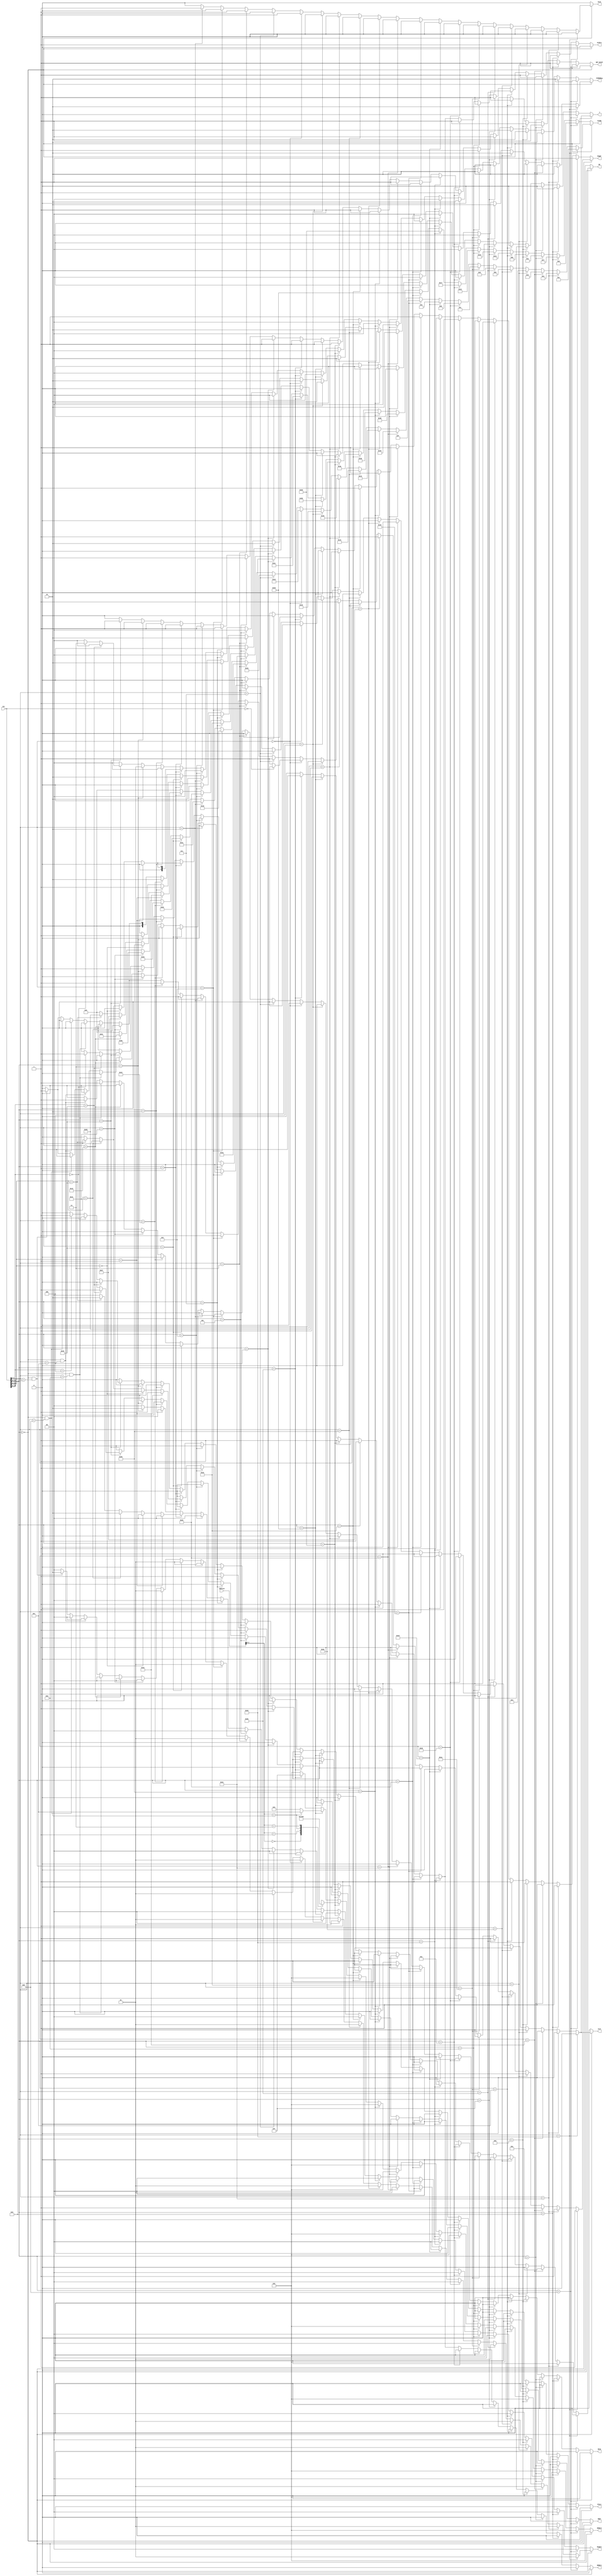
module Decode(
    input [31:0] ins,
    input [31:0] address,
    
    output reg ALUSrc,
    output reg [5:0] ALUOp,
    output reg MEMWr1,
    output reg [3:0] MEMWr2,
    output reg [1:0] PCMEMReg,
    output reg PCSc1,
    output reg RegWr,
    output reg Scon,
    output reg J,
    output reg Jcol,
    output reg BS,
    output reg ERET,
    output reg MFC0,
    output reg [1:0] RegDst,

    output reg NOT_EXIST

    );




    always@(*)
    begin
            ALUSrc=0;
            ALUOp=0;
            MEMWr1=0;
            MEMWr2=0;
            PCMEMReg=2'b00;
            PCSc1=0;
            RegWr=0;
            Scon=0;
            J=0;
            Jcol=0;
            BS=0;
            ERET=0;
            MFC0=0;
            RegDst=0;
            NOT_EXIST=1;
            

        if(ins[31:26]==6'b000000)
        begin
            // if(ins[5:0]==6'b000000)//NOP
            // begin
                
            // // end
            // if (ins == 0) begin
            //     RegWr = 0;
            // end
            // else if begin 
            //     RegWr = 1;

            // end 


             if(ins[5:0]==6'b100000)//ADD
            begin
                PCMEMReg=2'b10;
                RegWr=1;
                RegDst=2'b01;
                ALUOp=6'b000001;
            end

            else if(ins[5:0]==6'b100001)//ADDU
            begin
                PCMEMReg=2'b10;
                RegWr=1;
                RegDst=2'b01;
                ALUOp=6'b000010;
            end
            else if(ins[5:0]==6'b100010)//SUB
            begin
                PCMEMReg=2'b10;
                RegWr=1;
                RegDst=2'b01;
                ALUOp=6'b000011;

            end
            else if(ins[5:0]==6'b100011)//SUBU
            begin
                PCMEMReg=2'b10;
                RegWr=1;
                RegDst=2'b01;
                ALUOp=6'b000100;

            end

            else if(ins[5:0]==6'b101010)//SLT
            begin
                PCMEMReg=2'b10;
                RegWr=1;
                RegDst=2'b01;
                ALUOp=6'b001000;

            end
            else if(ins[5:0]==6'b101011)//SLTU
            begin
                PCMEMReg=2'b10;
                RegWr=1;
                RegDst=2'b01;
                ALUOp=6'b001001;
            end

            else if(ins[5:0]==6'b011010)//DIV
            begin
                ALUOp=6'b001100;
            end
            else if(ins[5:0]==6'b011011)//DIVU
            begin
                ALUOp=6'b001101;
            end

            else if(ins[5:0]==6'b011000)//MULT
            begin
                ALUOp=6'b001110;
            end
            else if(ins[5:0]==6'b011001)//MULTU
            begin
                ALUOp=6'b001111; 
            end

            else if(ins[5:0]==6'b100100)//AND
            begin
                PCMEMReg=10;
                RegWr=1;
                RegDst=2'b01;
                ALUOp=6'b010000;
            end
            else if(ins[5:0]==6'b100111)//NOR
            begin
                PCMEMReg=10;
                RegWr=1;
                RegDst=2'b01;
                ALUOp=6'b010011;
            end
            else if(ins[5:0]==6'b100101)//OR
            begin
                PCMEMReg=2'b10;
                RegWr=1;
                RegDst=2'b01;
                ALUOp=6'b010100;
            end
            else if(ins[5:0]==6'b100110)//XOR
            begin
                PCMEMReg=2'b10;
                RegWr=1;
                RegDst=2'b01;
                ALUOp=6'b010110;
            end


            else if(ins[5:0]==6'b000100)//SLLV
            begin
                ALUSrc=0;
                Scon=0;
                PCMEMReg=10;
                RegWr=1; 
                RegDst=2'b01;
                ALUOp=6'b011001;
            end
            else if(ins[5:0]==6'b000000)//SLL
            begin
                ALUSrc=0;
                Scon=1;
                PCMEMReg=2'b10;
                RegWr=(ins == 0) ? 0 : 1;
                RegDst=2'b01;
                ALUOp=6'b011000;
            end
            else if(ins[5:0]==6'b000111)//SRAV
            begin
                ALUSrc=0;
                Scon=0;
                PCMEMReg=2'b10;
                RegWr=1;
                RegDst=2'b01;
                ALUOp=6'b011011;
            end
            else if(ins[5:0]==6'b000011)//SRA
            begin
                ALUSrc=0;
                Scon=1;
                PCMEMReg=2'b10;
                RegWr=1;
                RegDst=2'b01;
                ALUOp=6'b011010;
            end
            else if(ins[5:0]==6'b000110)//SRLV
            begin
                ALUSrc=0;
                Scon=0;
                PCMEMReg=2'b10;
                RegWr=1;
                RegDst=2'b01;
                ALUOp=6'b011101;
            end
            else if(ins[5:0]==6'b000010)//SRL
            begin
                ALUSrc=0;
                Scon=1;
                PCMEMReg=2'b10;
                RegWr=1;
                RegDst=2'b01;
                ALUOp=6'b011100;
            end


            else if(ins[5:0]==6'b010000)//MFHI
            begin
                ALUOp=6'b110010;
                RegWr=1;
                PCMEMReg=2'b10;
                RegDst=2'b01;
            end

            else if(ins[5:0]==6'b010010)//MFLO
            begin
                ALUOp=6'b110011;
                RegWr=1;
                PCMEMReg=2'b10;
                RegDst=2'b01;
            end


            else if(ins[5:0]==6'b010001)//MTHI
            begin
                ALUOp=6'b110000;
            end

            else if(ins[5:0]==6'b010011)//MTLO
            begin
                ALUOp=6'b110001;
            end


            else if(ins[31:26]==6'b000000 && ins[5:0]==6'b001101)//Break
            begin
                BS=1;
            end 

            else if(ins[31:26]==6'b000000 && ins[5:0]==6'b001100)//Syscall
            begin
                BS=1;
            end

            else if(ins[31:26]==6'b000000 && ins[5:0]==6'b001000)//JR
            begin
                Jcol=1;
                J=1;
            end
            else if(ins[31:26]==6'b000000 && ins[5:0]==6'b001001)//JALR(write back ra)
            begin
                Jcol=1;
                J=1;
                RegWr=1;
                RegDst=2'b10;
                PCMEMReg=2'b01;
            end




        end



        else if(ins[31:26]==6'b001000)//ADDI
        begin
                ALUSrc=1;
                Scon=0;
                PCMEMReg=2'b10;
                RegWr=1;
                RegDst=2'b00;
                ALUOp=6'b000101;
        end


        else if(ins[31:26]==6'b001001)//ADDIU
        begin
                ALUSrc=1;
                Scon=0;
                PCMEMReg=2'b10;
                RegWr=1;
                RegDst=2'b00;
                ALUOp=6'b000111;
        end

        else if(ins[31:26]==6'b001010)//SLTI
        begin
                ALUSrc=1;
                Scon=0;
                PCMEMReg=10;
                RegWr=1;
                RegDst=2'b00;
                ALUOp=6'b001010;
        end
        else if(ins[31:26]==6'b001011)//SLTIU
        begin
                ALUSrc=1;
                Scon=0;
                PCMEMReg=10;
                RegWr=1;
                RegDst=2'b00;
                ALUOp=6'b001011;
        end

        else if(ins[31:26]==6'b001100)//ANDI
        begin
                ALUSrc=1;
                Scon=0;
                PCMEMReg=10;
                RegWr=1;
                RegDst=2'b00;
                ALUOp=6'b010001;
        end

        
        else if(ins[31:26]==6'b001111)//LUI
        begin
                ALUSrc=1;
                Scon=0;
                PCMEMReg=10;
                RegWr=1;
                RegDst=2'b00;
                ALUOp=6'b010010;
        end

        else if(ins[31:26]==6'b001101)//ORI
                begin
                ALUSrc=1;
                Scon=0;
                PCMEMReg=10;
                RegWr=1;
                RegDst=2'b00;
                ALUOp=6'b010101;
        end

        else if(ins[31:26]==6'b001110)//XORI
        begin
                ALUSrc=1;
                Scon=0;
                PCMEMReg=10;
                RegWr=1;
                RegDst=2'b00;
                ALUOp=6'b010111;
                
        end



        else if(ins[31:26]==6'b100000)//LB
        begin
                ALUSrc=1;
                Scon=0;
                PCMEMReg=2'b00;
                RegWr=1;
                RegDst=2'b00;
                ALUOp=6'b101000;
                MEMWr1<=1;
                MEMWr2<=4'b0000;
                
        end
        else if(ins[31:26]==6'b100100)//LBU
        begin
                ALUSrc=1;
                Scon=0;
                PCMEMReg=2'b00;
                RegWr=1;
                RegDst=2'b00;
                ALUOp=6'b101001;
                MEMWr1<=1;
                MEMWr2<=4'b0000;
                
        end
        else if(ins[31:26]==6'b100001)//LH
        begin
                ALUSrc=1;
                Scon=0;
                PCMEMReg=2'b00;
                RegWr=1;
                RegDst=2'b00;
                ALUOp=6'b111000;
                MEMWr1<=1;
                MEMWr2<=4'b0000;
                
        end
        else if(ins[31:26]==6'b100101)//LHU
        begin
                ALUSrc=1;
                Scon=0;
                PCMEMReg=2'b00;
                RegWr=1;
                RegDst=2'b00;
                ALUOp=6'b111001;
                MEMWr1<=1;
                MEMWr2<=4'b0000;
                
        end
        else if(ins[31:26]==6'b100011)//LW 
        begin
                ALUSrc=1;
                Scon=0;
                PCMEMReg=2'b00;
                RegWr=1;
                RegDst=2'b00;
                ALUOp=6'b111010;
                MEMWr1<=1;
                MEMWr2<=4'b0000;
                

        end


        else if(ins[31:26]==6'b101000)//SB
        begin
                ALUSrc=1;
                Scon=0;
                PCMEMReg=2'b00;
                RegWr=0;
                RegDst=2'b00;
                ALUOp=6'b101010;
                MEMWr1<=1;

                case(address[1:0])
                2'b00:MEMWr2=4'b0001;
                2'b01:MEMWr2=4'b0010;
                2'b10:MEMWr2=4'b0100;
                2'b11:MEMWr2=4'b1000;
                default:MEMWr2=4'b0001;
                endcase
        end
        else if(ins[31:26]==6'b101001)//SH
        begin
                ALUSrc=1;
                Scon=0;
                PCMEMReg=2'b00;
                RegWr=0;
                RegDst=2'b00;
                ALUOp=6'b111011;
                MEMWr1<=1;

                case(address[1:0])
                2'b00:MEMWr2=4'b0011;
                2'b10:MEMWr2=4'b1100;
                default:MEMWr2=4'b0011;
                endcase
        end
        else if(ins[31:26]==6'b101011)//SW
        begin
                ALUSrc=1;
                Scon=0;
                PCMEMReg=2'b00;
                RegWr=0;
                RegDst=2'b00;
                ALUOp=6'b111100;
                MEMWr1=1;
                MEMWr2=4'b11111;
                
        end


        else if(ins[31:26]==6'b000100)//BEQ
        begin
            ALUSrc=0;
            Scon=0;
            
            ALUOp=6'b100000;
            
            PCSc1=1;
        end

        else if(ins[31:26]==6'b000101)//BNQ
        begin
            ALUOp=6'b100001;
            PCSc1=1;
        end

        else if(ins[31:26]==6'b000111)//BGTZ
        begin
            ALUOp=6'b100011;
            PCSc1=1;
        end

        else if(ins[31:26]==6'b000110)//BLEZ
        begin
            ALUOp=6'b100100;
            PCSc1=1;
        end


        else if(ins[31:26]==6'b000001)
        begin
            if(ins[20:16]==5'b00001)//BGEZ
            begin
                ALUOp=6'b100010;
                PCSc1=1;
            end
            else if(ins[20:16]==5'b00000)//BLTZ
            begin
                ALUOp=6'b100101;
                PCSc1=1;
            end
            else if(ins[20:16]==5'b10001)//BGEZAL(write back ra)
            begin
                ALUOp=6'b100111;
                RegWr=1;
                RegDst=2'b10;
                PCMEMReg=2'b01;
                PCSc1=1;

            end
            else if(ins[20:16]==5'b10000)//BLTZAL(write back ra)
            begin
                ALUOp=6'b100110;
                RegWr=1;
                RegDst=2'b10;
                PCMEMReg=2'b01;
                PCSc1=1;
            end

        end


        else if(ins[31:26]==6'b000010)//J
        begin

            J=1;
        end
        else if(ins[31:26]==6'b000011)//JAL
        begin
            J=1;
            RegWr=1;
            RegDst=2'b10;
            PCMEMReg=2'b01;
        end




        else if(ins[31:26]==6'b010000)
        begin
            if(ins[25:21]==5'b10000)//ERTL
            begin
                ERET=1;
            end
            else if(ins[25:21]==5'b00000)//MFC0
            begin
                PCMEMReg=2'b11;
                RegDst=2'b00;
                RegWr=1;
            end
            else if(ins[25:21]==5'b00100)//MTC0
            begin
                MFC0=1;
                
            end
        end



        else begin
            ALUSrc=0;
            ALUOp=0;
            MEMWr1=0;
            MEMWr2=0;
            PCMEMReg=2'b00;
            PCSc1=0;
            RegWr=0;
            Scon=0;
            J=0;
            Jcol=0;
            BS=0;
            ERET=0;
            MFC0=0;
            RegDst=0;
            NOT_EXIST=0;
        end


    end




endmodule